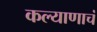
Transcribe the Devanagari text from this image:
कल्याणाचं